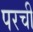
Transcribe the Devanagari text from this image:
परची